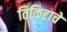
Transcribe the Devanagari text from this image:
तिकिटाचे